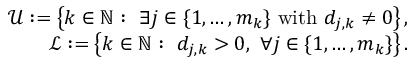
\begin{array} { r } { \mathcal { U } : = \left\lbrace k \in { \mathbb N } : \ \exists j \in \lbrace 1 , \ldots , m _ { k } \rbrace \mathrm { ~ w i t h ~ } d _ { j , k } \neq 0 \right\rbrace , } \\ { \mathcal { L } : = \left\lbrace k \in { \mathbb N } : \ d _ { j , k } > 0 , \ \forall j \in \lbrace 1 , \ldots , m _ { k } \rbrace \right\rbrace . } \end{array}